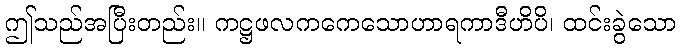
ဤသည်အပြီးတည်း။ ကဋ္ဌဖလကကေသောဟာရကာဒီဟိပိ၊ ထင်းခွဲသော